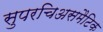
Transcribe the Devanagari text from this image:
सुपरचिअसमैटिक